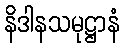
နိဒါနသမုဋ္ဌာနံ